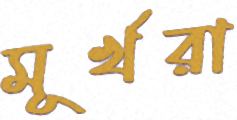
মূর্খরা